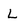
Character: L